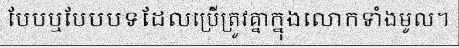
បែបឬបែបបទដែលប្រើត្រូវគ្នាក្នុងលោកទាំងមូល។